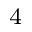
_ 4